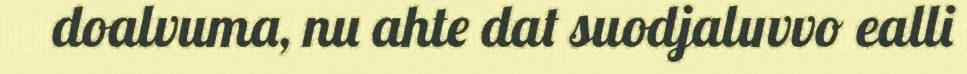
doalvuma, nu ahte dat suodjaluvvo ealli